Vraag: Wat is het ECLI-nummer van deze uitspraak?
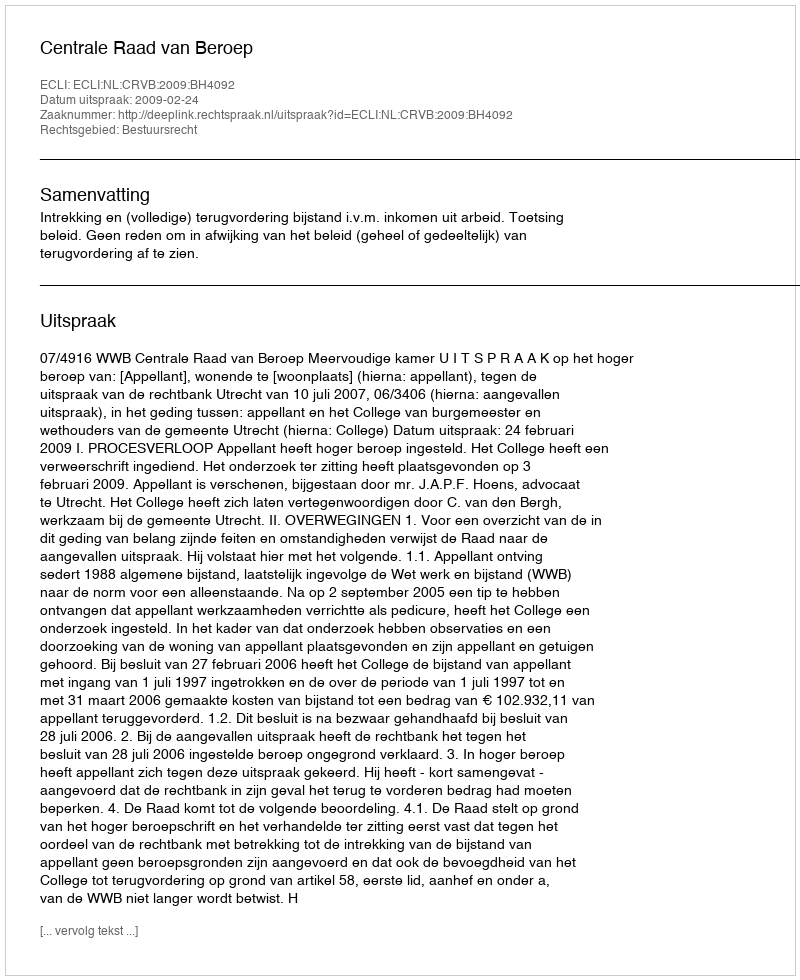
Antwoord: ECLI:NL:CRVB:2009:BH4092